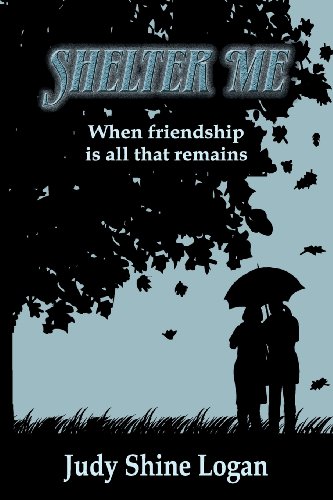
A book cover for Shelter Me; Judy Shine Logan; Literature & Fiction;